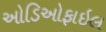
ઓડિઓફાઇલ